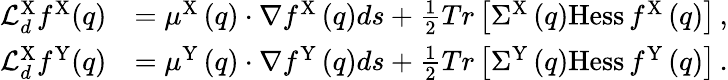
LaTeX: \begin{array}{rl}{\mathcal{L}_{d}^{\mathrm{X}}f^{\mathrm{X}}(q)}&{=\mu^{\mathrm{X}}\left(q\right)\cdot\nabla f^{\mathrm{X}}\left(q\right)ds+\frac{1}{2}Tr\left[\Sigma^{\mathrm{X}}\left(q\right)\mathrm{Hess}\, f^{\mathrm{X}}\left(q\right)\right]\, ,}\\ {\mathcal{L}_{d}^{\mathrm{X}}f^{\mathrm{Y}}(q)}&{=\mu^{\mathrm{Y}}\left(q\right)\cdot\nabla f^{\mathrm{Y}}\left(q\right)ds+\frac{1}{2}Tr\left[\Sigma^{\mathrm{Y}}\left(q\right)\mathrm{Hess}\, f^{\mathrm{Y}}\left(q\right)\right]\, .}\end{array}